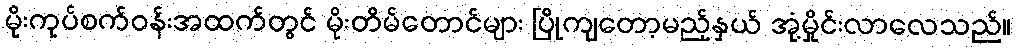
မိုးကုပ်စက်ဝန်းအထက်တွင် မိုးတိမ်တောင်များ ပြိုကျတော့မည့်နှယ် အုံ့မှိုင်းလာလေသည်။